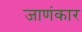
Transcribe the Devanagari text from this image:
जाणंकार